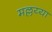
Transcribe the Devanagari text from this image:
मल्लय्या